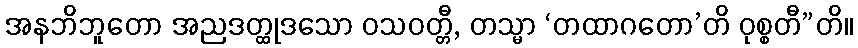
အနဘိဘူတော အညဒတ္ထုဒသော ဝသဝတ္တီ, တသ္မာ ‘တထာဂတော’တိ ဝုစ္စတီ”တိ။